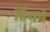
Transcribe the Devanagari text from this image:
हिथने